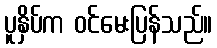
ပူနှိပ်က ဝင်မေးပြန်သည်။